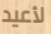
لأعيد